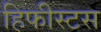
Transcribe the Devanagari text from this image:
हिफीस्टस